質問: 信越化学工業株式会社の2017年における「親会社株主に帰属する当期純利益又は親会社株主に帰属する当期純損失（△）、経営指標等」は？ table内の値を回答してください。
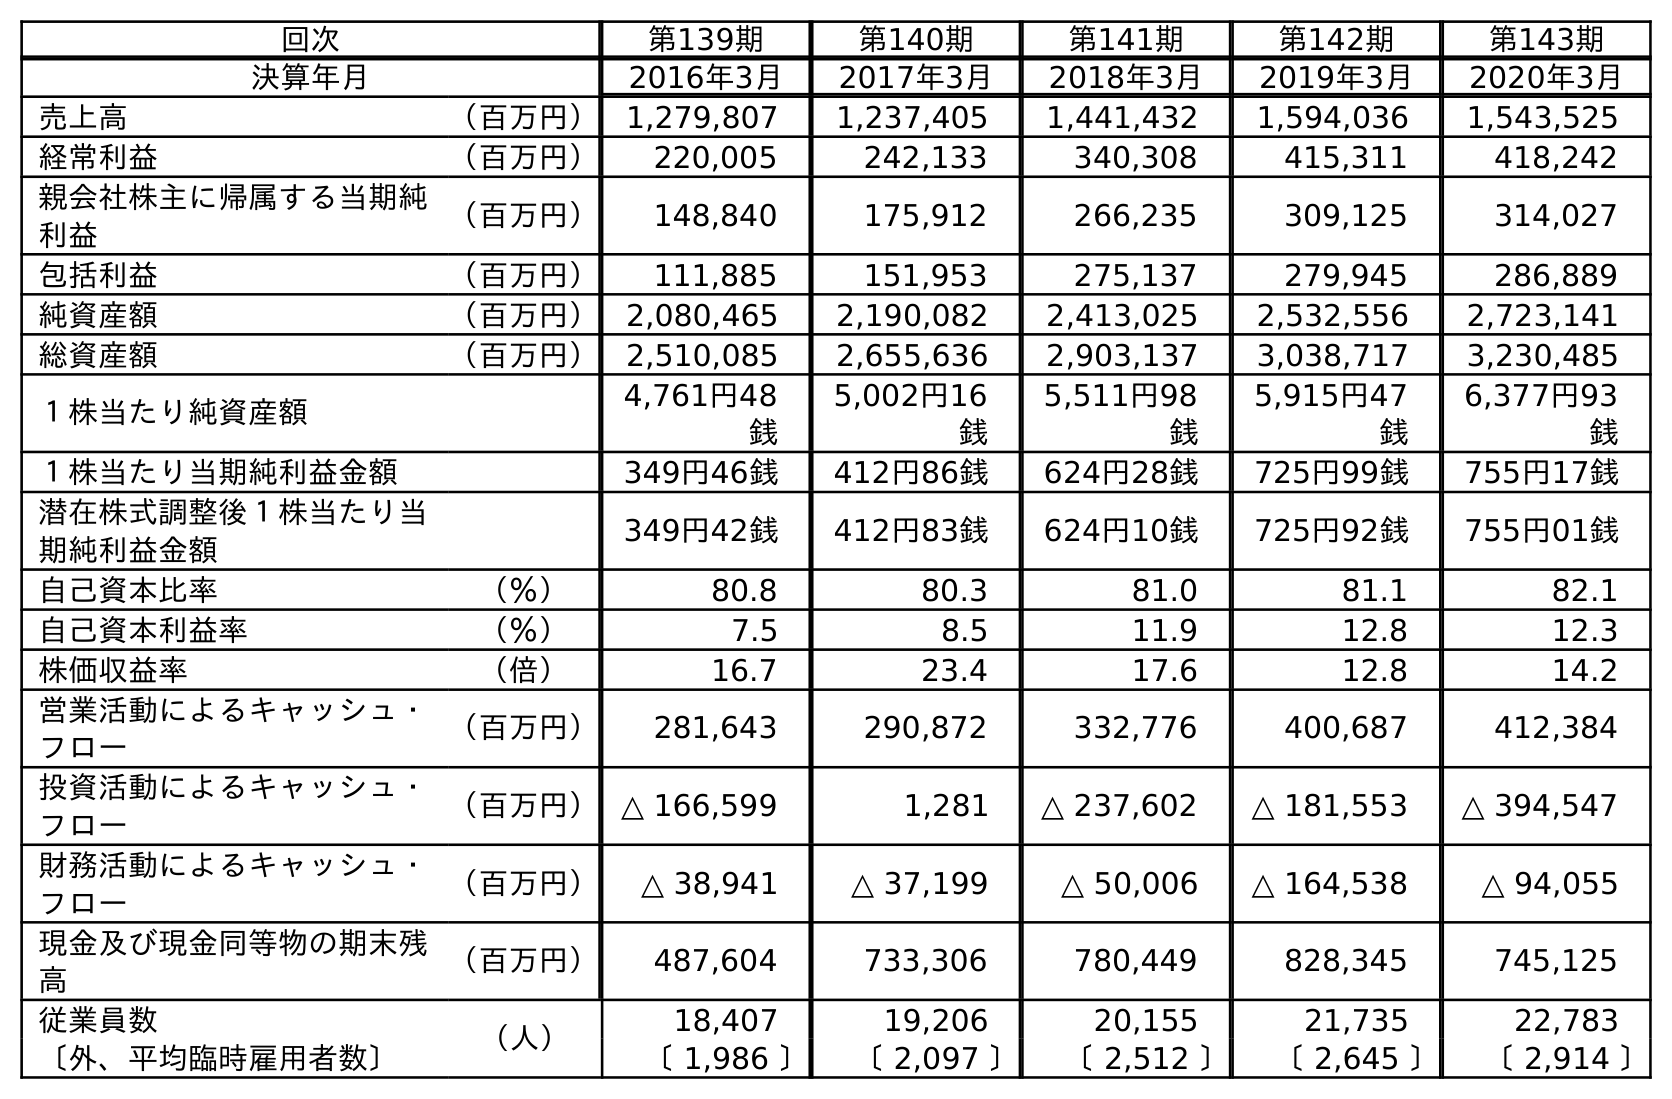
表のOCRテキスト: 回次 第139期 第140期 第141期 第142期 第143期 決算年月 2016年3月 2017年3月 2018年3月 2019年3月 2020年3月 売上高 （百万円） 1,279,807 1,237,405 1,441,432 1,594,036 1,543,525 経常利益 （百万円） 220,005 242,133 340,308 415,311 418,242 親会社株主に帰属する当期純 利益 （百万円） 148,840 175,912 266,235 309,125 314,027 包括利益 （百万円） 111,885 151,953 275,137 279,945 286,889 純資産額 （百万円） 2,080,465 2,190,082 2,413,025 2,532,556 2,723,141 総資産額 （百万円） 2,510,085 2,655,636 2,903,137 3,038,717 3,230,485 １株当たり純資産額 4,761円48 銭 5,002円16 銭 5,511円98 銭 5,915円47 銭 6,377円93 銭 １株当たり当期純利益金額 349円46銭 412円86銭 624円28銭 725円99銭 755円17銭 潜在株式調整後１株当たり当 期純利益金額 349円42銭 412円83銭 624円10銭 725円92銭 755円01銭 自己資本比率 （％） 80.8 80.3 81.0 81.1 82.1 自己資本利益率 （％） 7.5 8.5 11.9 12.8 12.3 株価収益率 （倍） 16.7 23.4 17.6 12.8 14.2 営業活動によるキャッシュ・ フロー （百万円） 281,643 290,872 332,776 400,687 412,384 投資活動によるキャッシュ・ フロー （百万円）△ 166,599 1,281 △ 237,602 △ 181,553 △ 394,547 財務活動によるキャッシュ・ フロー （百万円） △ 38,941 △ 37,199 △ 50,006 △ 164,538 △ 94,055 現金及び現金同等物の期末残 高 （百万円） 487,604 733,306 780,449 828,345 745,125 従業員数 （人） 18,407 19,206 20,155 21,735 22,783 〔外、平均臨時雇用者数〕 〔 1,986 〕 〔 2,097 〕 〔 2,512 〕 〔 2,645 〕 〔 2,914 〕
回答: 175,912